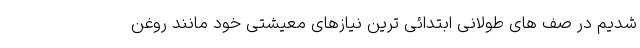
شدیم در صف های طولانی ابتدائی ترین نیازهای معیشتی خود مانند روغن